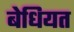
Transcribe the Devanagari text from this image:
बेधियत